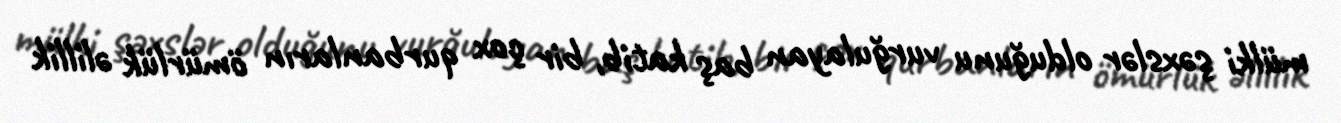
mülki şəxslər olduğunu vurğulayan baş katib, bir çox qurbanların ömürlük əlillik